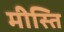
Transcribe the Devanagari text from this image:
मीस्ति